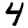
Digit: 4